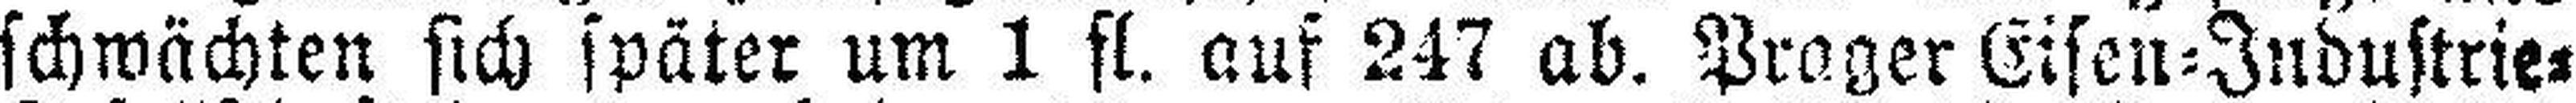
schwächten sich später um 1 fl. auf 247 ab. Prager Eisen=Industrie¬